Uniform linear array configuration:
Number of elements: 48
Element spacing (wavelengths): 0.75
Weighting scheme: hann
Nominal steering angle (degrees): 60
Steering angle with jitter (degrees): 58.609
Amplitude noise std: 0.05
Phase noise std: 0.05

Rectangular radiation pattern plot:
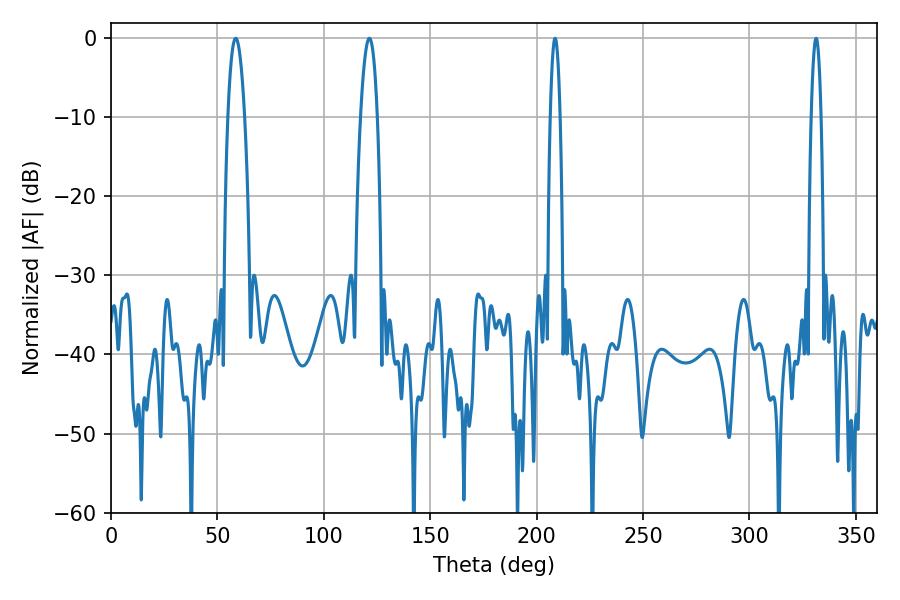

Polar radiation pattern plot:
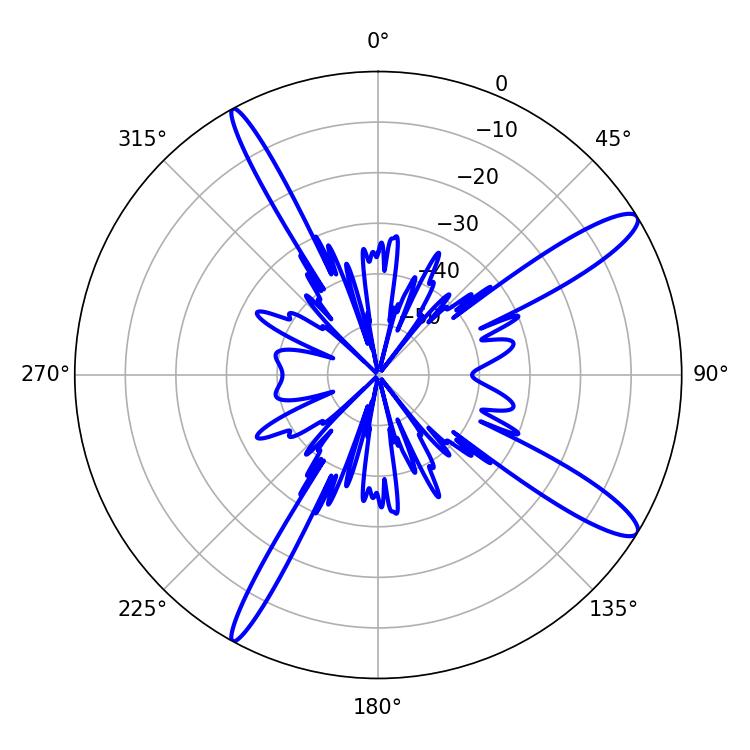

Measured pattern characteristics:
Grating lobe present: TRUE
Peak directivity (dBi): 13.277
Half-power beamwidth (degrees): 4.32
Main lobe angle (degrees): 58.68